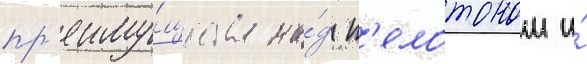
пр'еиму́щества на́д п'елотоном и́